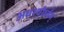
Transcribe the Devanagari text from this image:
अधश्चोर्ध्वम्